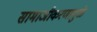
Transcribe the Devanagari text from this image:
सामाजीकरणामुळे